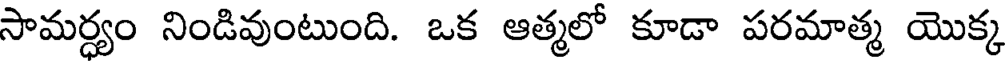
సామర్ధ్యం నిండివుంటుంది. ఒక ఆత్మలో కూడా పరమాత్మ యొక్క